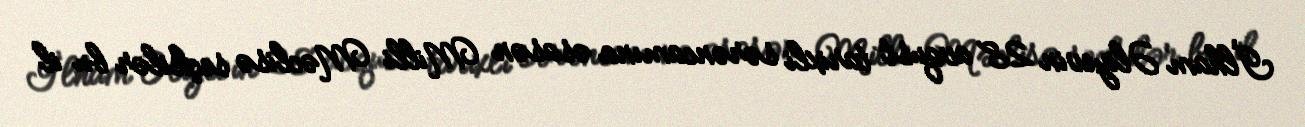
İlham Əliyevin 28 avqust tarixli sərəncamına əsasən Milli Məclisə seçkilər bu il